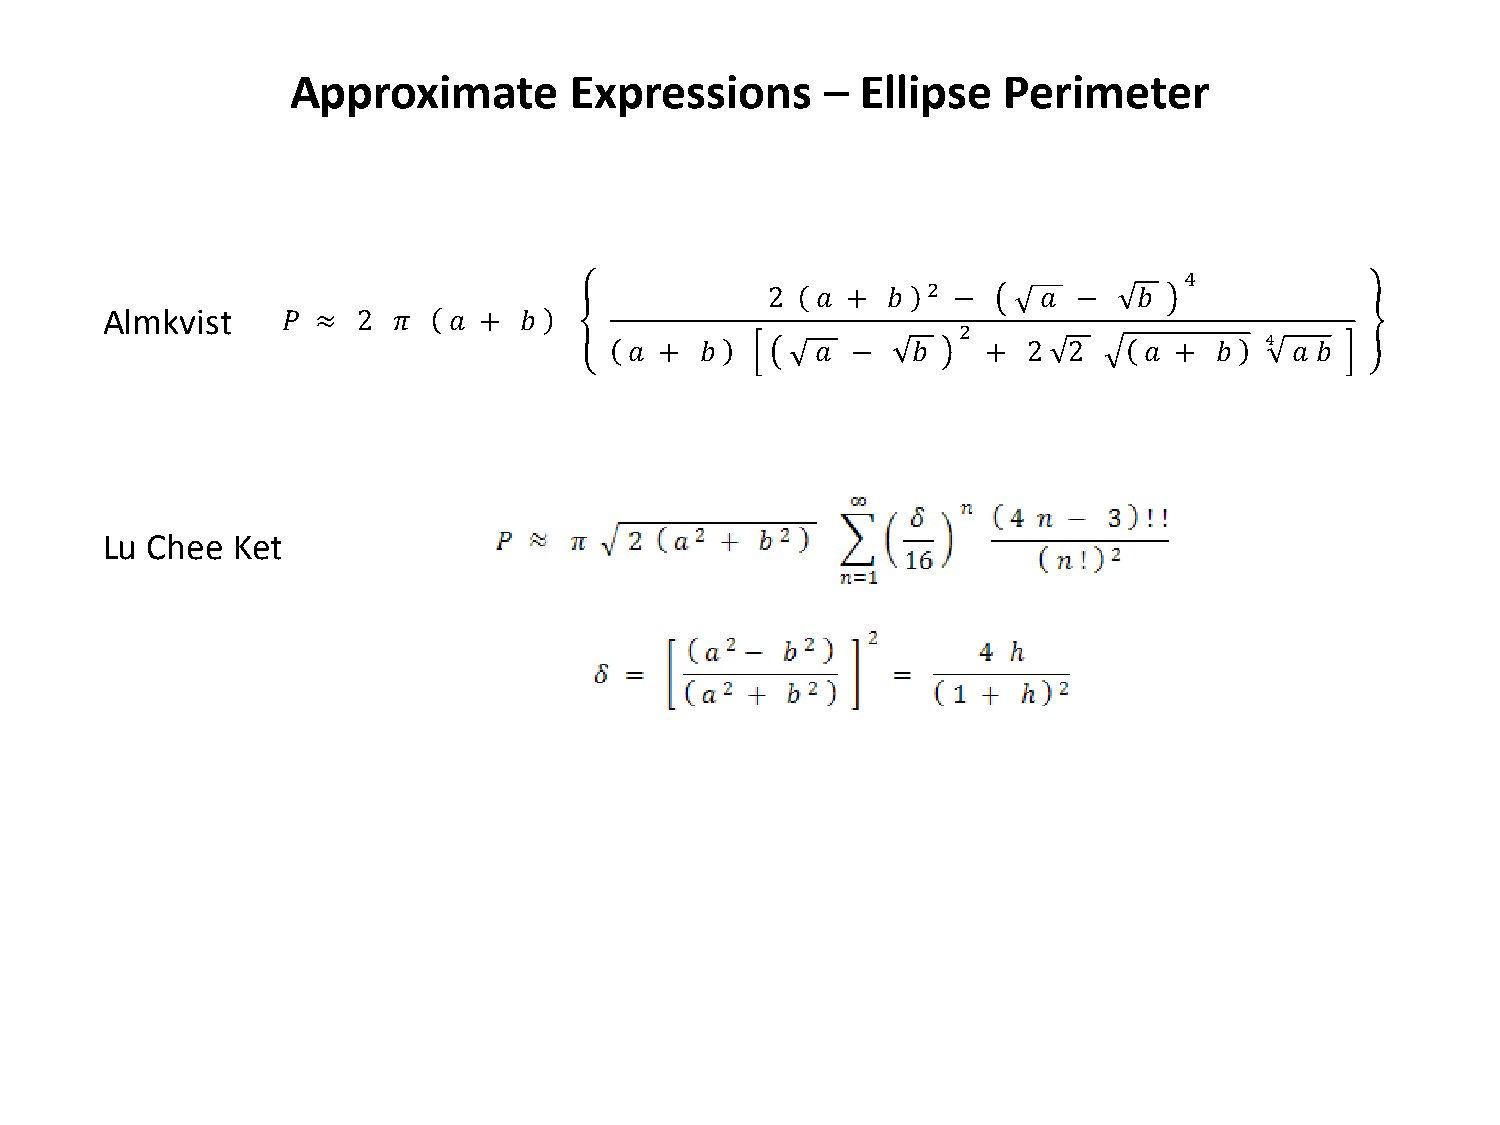
Approximate        Expressions      – Ellipse  Perimeter
 Almkvist
 4
 2
 2  𝑎 +  𝑏   −     𝑎 −   𝑏
 𝑃 ≈  2 𝜋   𝑎 + 𝑏                            2                    4
 𝑎 + 𝑏       𝑎 −   𝑏    +  2  2    𝑎 + 𝑏     𝑎 𝑏
 Lu Chee Ket